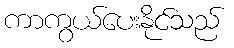
ကာကွယ်ပေးနိုင်သည်